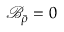
\mathcal { B } _ { \bar { \rho } } = 0